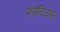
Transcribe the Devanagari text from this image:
फ्रेसेनिअस